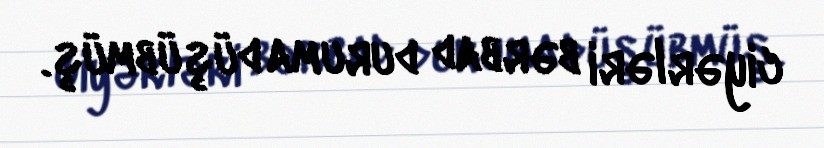
ciyərləri bərbad duruma düşübmüş.